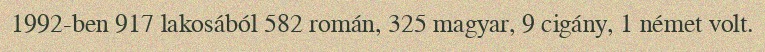
1992-ben 917 lakosából 582 román, 325 magyar, 9 cigány, 1 német volt.